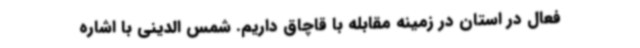
فعال در استان در زمینه مقابله با قاچاق داریم. شمس الدینی با اشاره